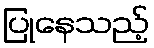
ပြုနေသည့်